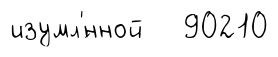
изумл'́нной 90210